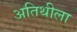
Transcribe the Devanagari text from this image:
अतिथीला